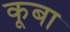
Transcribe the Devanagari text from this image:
कूबा